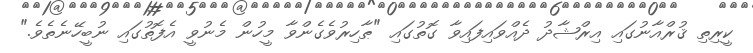
ކީރިތި ޤުރްއާނުގައި އިރްޝާދު ދެއްވައިފައިވާ ގޮތުގައި "ޠާހިރުވެގެންވާ މީހުން މެނުވީ އެފޮތުގައި ނުބީހޭނެތެވެ."